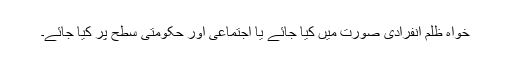
خواہ ظلم انفرادی صورت میں کیا جائے یا اجتماعی اور حکومتی سطح پر کیا جائے۔